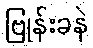
ဗြုန်းခနဲ